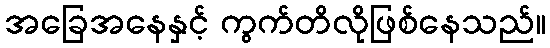
အခြေအနေနှင့် ကွက်တိလိုဖြစ်နေသည်။